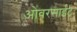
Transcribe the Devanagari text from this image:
ओवरसाईट